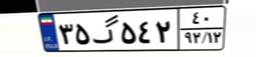
۲۱گ۳۳۵۰۵